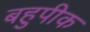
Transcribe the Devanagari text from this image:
बहुपीक